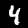
Label: 4